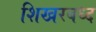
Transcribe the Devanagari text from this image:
शिखरबध्द